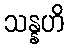
သန္နဟိ